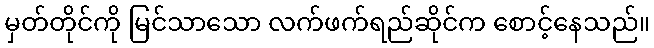
မှတ်တိုင်ကို မြင်သာသော လက်ဖက်ရည်ဆိုင်က စောင့်နေသည်။